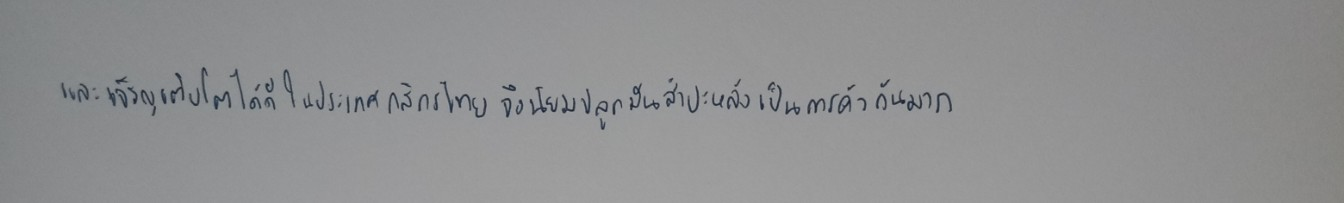
และเจริญเติบโตได้ดีในประเทศไทยกสิกรไทยจึงนิยมปลูกมันสำปะหลังเป็นการค้ากันมาก